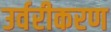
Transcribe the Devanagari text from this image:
उर्वरीकरण